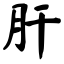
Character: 肝